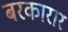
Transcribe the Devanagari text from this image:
बरकारार